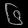
Digit: ၆